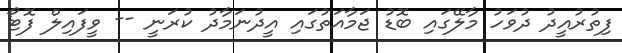
ފިތުރުއީދު ދުވަހު މާލޭގައި ބޮޑު ޖަމާއަތުގައި އީދުނަމާދު ކުރަނީ -- ވީފައިލް ފޮޓޯ